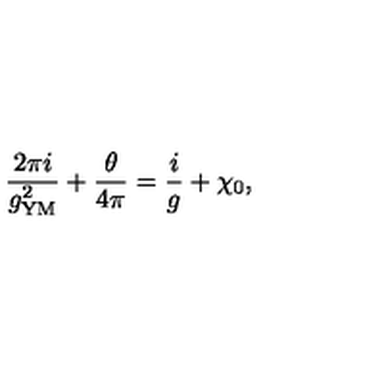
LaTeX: \frac { 2 \pi i } { g _ { \mathrm { Y M } } ^ { 2 } } + \frac { \theta } { 4 \pi } = \frac { i } { g } + \chi _ { 0 } ,